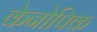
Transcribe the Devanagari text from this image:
केनोपिक